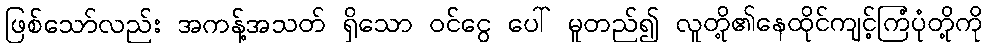
ဖြစ်သော်လည်း အကန့်အသတ် ရှိသော ဝင်ငွေ ပေါ် မူတည်၍ လူတို့၏နေထိုင်ကျင့်ကြံပုံတို့ကို